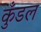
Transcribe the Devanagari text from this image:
कुँडल